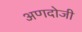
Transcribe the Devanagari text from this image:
अणदोजी